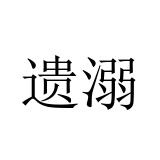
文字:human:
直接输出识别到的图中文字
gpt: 遗溺